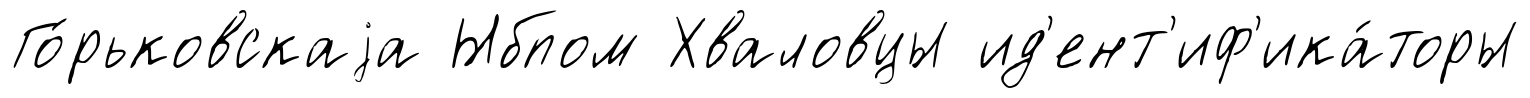
Го́рьковскаjа Ыбпом Хваловцы ид'ент'иф'ика́торы